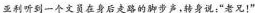
亚利听到一个文员在身后走路的脚步声，转身说：“老兄！”